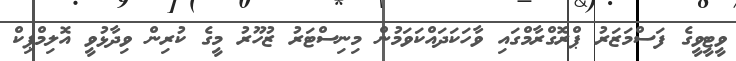
ވީޓީވީގެ ފަސްމަޒަރު ޕްރޮގްރާމްގައި ވާހަކަދައްކަވަމުން މިނިސްޓަރު ޒުހޫރު މީގެ ކުރިން ވިދާޅުވީ އޮލިމްޕިކް